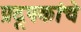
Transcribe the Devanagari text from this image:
प्रदूषकांचे